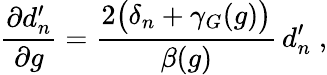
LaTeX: \frac{\partial d_{n}^{\prime}}{\partial g}=\frac{2\big(\delta_{n}+\gamma_{G}(g)\big)}{\beta(g)}\, d_{n}^{\prime}\; ,